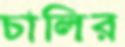
চালির